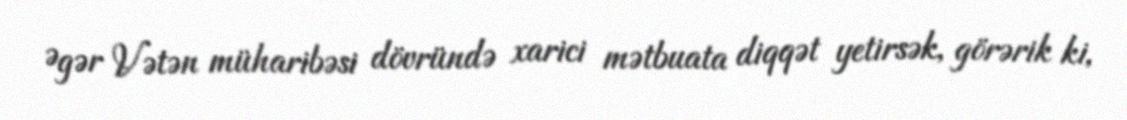
Əgər Vətən müharibəsi dövründə xarici mətbuata diqqət yetirsək, görərik ki,